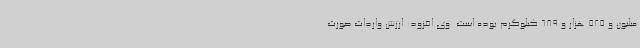
میلیون و 525 هزار و 689 کیلوگرم بوده است. وی افزود: ارزش واردات صورت